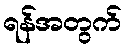
ရန်အတွက်